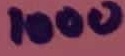
Text: 1000